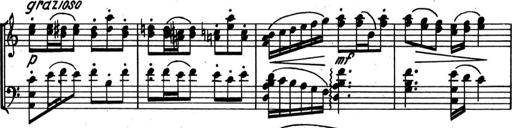
Title: Kleine Sonate
Composer: Raoul Koczalski
Key: C major